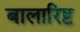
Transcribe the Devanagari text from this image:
बालारिष्ट